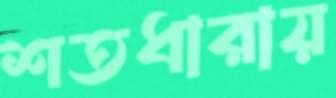
শতধারায়